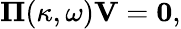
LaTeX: \boldsymbol{\Pi}(\kappa,\omega)\mathbf{V}=\mathbf{0},